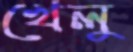
খেলু